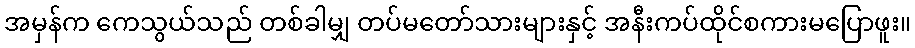
အမှန်က ကေသွယ်သည် တစ်ခါမျှ တပ်မတော်သားများနှင့် အနီးကပ်ထိုင်စကားမပြောဖူး။